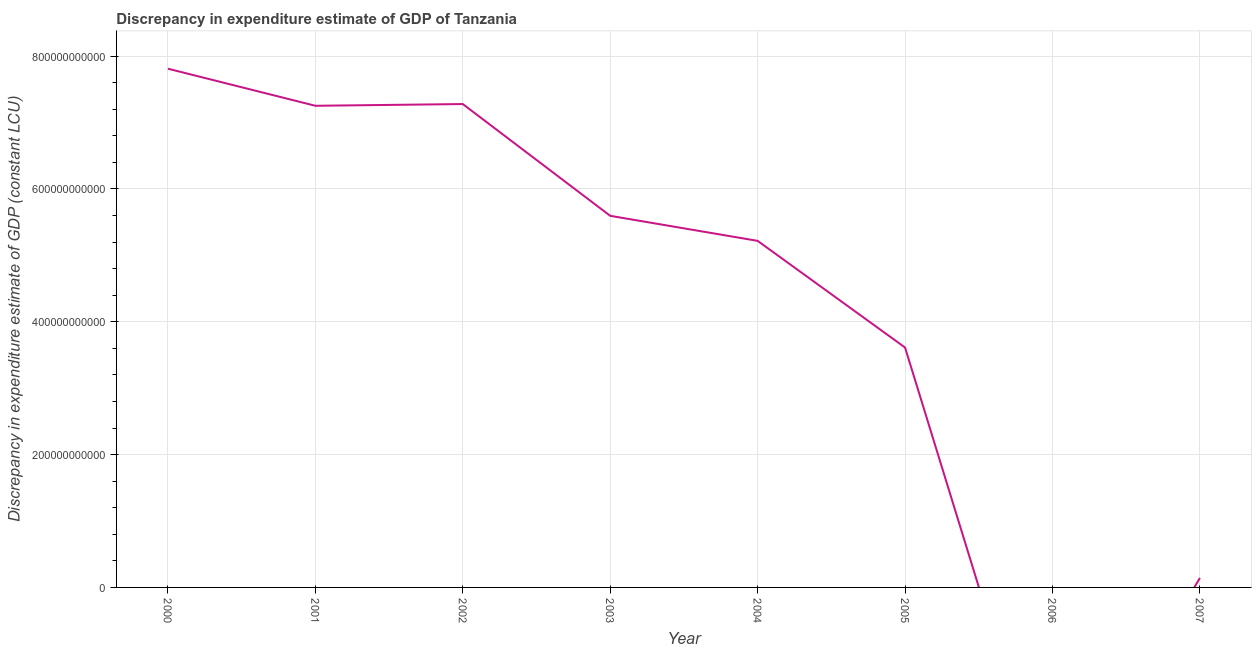
| Year | Discrepancy constant LCU |
 | --- | --- |
 | 2000 | 7.81e+11 |
 | 2001 | 7.25e+11 |
 | 2002 | 7.28e+11 |
 | 2003 | 5.59e+11 |
 | 2004 | 5.22e+11 |
 | 2005 | 3.61e+11 |
 | 2006 | -3.59e+11 |
 | 2007 | 1.43e+10 |